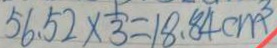
5 6 . 5 2 \times \frac { 1 } { 3 } = 1 8 . 8 4 c m ^ { 3 }